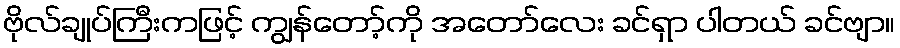
ဗိုလ်ချုပ်ကြီးကဖြင့် ကျွန်တော့်ကို အတော်လေး ခင်ရှာ ပါတယ် ခင်ဗျာ။